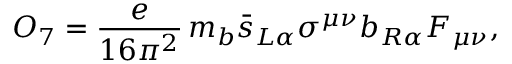
O _ { 7 } = \displaystyle { \frac { e } { 1 6 \pi ^ { 2 } } } \, m _ { b } \bar { s } _ { L \alpha } \sigma ^ { \mu \nu } b _ { R \alpha } F _ { \mu \nu } ,